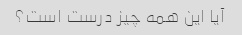
آیا این همه چیز درست است؟